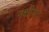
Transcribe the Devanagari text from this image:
नक्षीपट